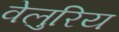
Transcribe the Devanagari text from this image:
वेलुरिय